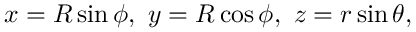
x = R \sin \phi , \ y = R \cos \phi , \ z = r \sin \theta ,